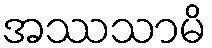
အဿသာမိ